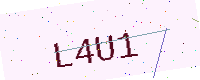
Text: L4U1